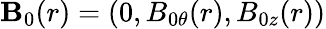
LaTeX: \mathbf{B}_{0}(r)=(0,B_{0\theta}(r),B_{0z}(r))